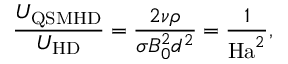
\frac { U _ { \mathrm { Q S M H D } } } { U _ { \mathrm { H D } } } = \frac { 2 \nu \rho } { \sigma B _ { 0 } ^ { 2 } d ^ { 2 } } = \frac { 1 } { \mathrm { H a } ^ { 2 } } ,